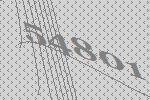
54801